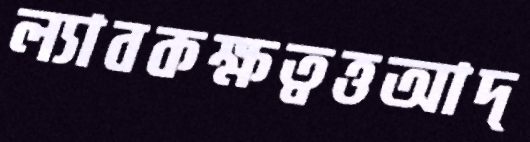
ল্যাবকক্ষত্বত্তআদ্